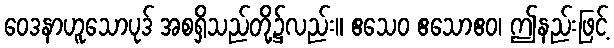
ဝေဒနာဟူသောပုဒ် အစရှိသည်တို့၌လည်း။ ဧသေဝ ဧသောဧဝ၊ ဤနည်းဖြင့်